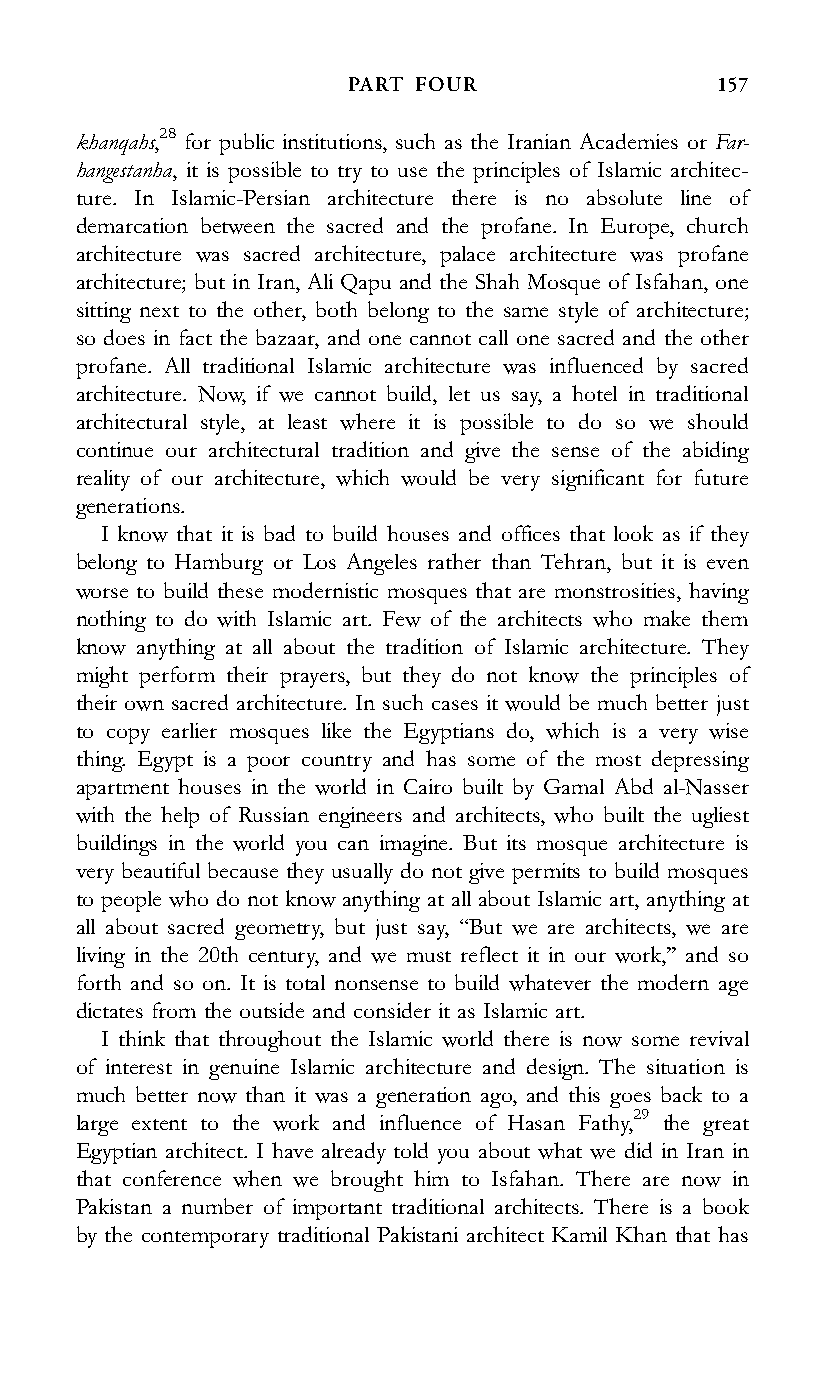
PART FOUR                157
 khanqahs,28 for public institutions, such as the Iranian Academies or Far-
 hangestanha, it is possible to try to use the principles of Islamic architec-
 ture. In Islamic-Persian architecture there is no absolute line of
 demarcation between the sacred and the profane. In Europe, church
 architecture was sacred architecture, palace architecture was profane
 architecture; but in Iran, Ali Qapu and the Shah Mosque of Isfahan, one
 sitting next to the other, both belong to the same style of architecture;
 so does in fact the bazaar, and one cannot call one sacred and the other
 profane. All traditional Islamic architecture was influenced by sacred
 architecture. Now, if we cannot build, let us say, a hotel in traditional
 architectural style, at least where it is possible to do so we should
 continue our architectural tradition and give the sense of the abiding
 reality of our architecture, which would be very significant for future
 generations.
 I know that it is bad to build houses and offices that look as if they
 belong to Hamburg or Los Angeles rather than Tehran, but it is even
 worse to build these modernistic mosques that are monstrosities, having
 nothing to do with Islamic art. Few of the architects who make them
 know anything at all about the tradition of Islamic architecture. They
 might perform their prayers, but they do not know the principles of
 their own sacred architecture. In such cases it would be much better just
 to copy earlier mosques like the Egyptians do, which is a very wise
 thing. Egypt is a poor country and has some of the most depressing
 apartment houses in the world in Cairo built by Gamal Abd al-Nasser
 with the help of Russian engineers and architects, who built the ugliest
 buildings in the world you can imagine. But its mosque architecture is
 very beautiful because they usually do not give permits to build mosques
 to people who do not know anything at all about Islamic art, anything at
 all about sacred geometry, but just say, ‘‘But we are architects, we are
 living in the 20th century, and we must reflect it in our work,’’ and so
 forth and so on. It is total nonsense to build whatever the modern age
 dictates from the outside and consider it as Islamic art.
 I think that throughout the Islamic world there is now some revival
 of interest in genuine Islamic architecture and design. The situation is
 much better now than it was a generation ago, and this goes back to a
 large extent to the work and influence of Hasan Fathy,29 the great
 Egyptian architect. I have already told you about what we did in Iran in
 that conference when we brought him to Isfahan. There are now in
 Pakistan a number of important traditional architects. There is a book
 by the contemporary traditional Pakistani architect Kamil Khan that has